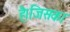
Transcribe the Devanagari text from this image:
है।जिसका